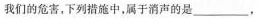
我们的危害，下列措施中，属于消声的是___，